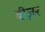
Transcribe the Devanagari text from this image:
बीज़र